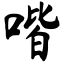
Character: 喈